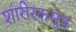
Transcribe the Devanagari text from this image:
शारीरकसूत्र